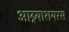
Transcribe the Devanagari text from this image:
आग्न्याशयरस